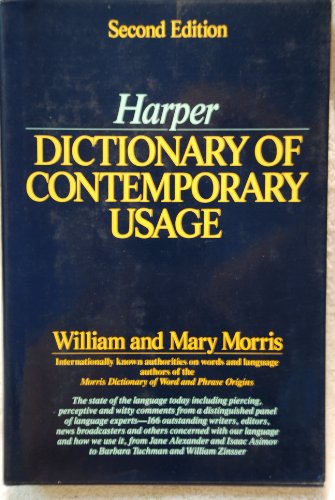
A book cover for Harper Dictionary of Contemporary Usage; William Morris; Reference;